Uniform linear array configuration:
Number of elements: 12
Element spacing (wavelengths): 0.25
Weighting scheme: hann
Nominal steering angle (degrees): -60
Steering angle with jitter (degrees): -59.536
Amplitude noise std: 0.05
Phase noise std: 0.05

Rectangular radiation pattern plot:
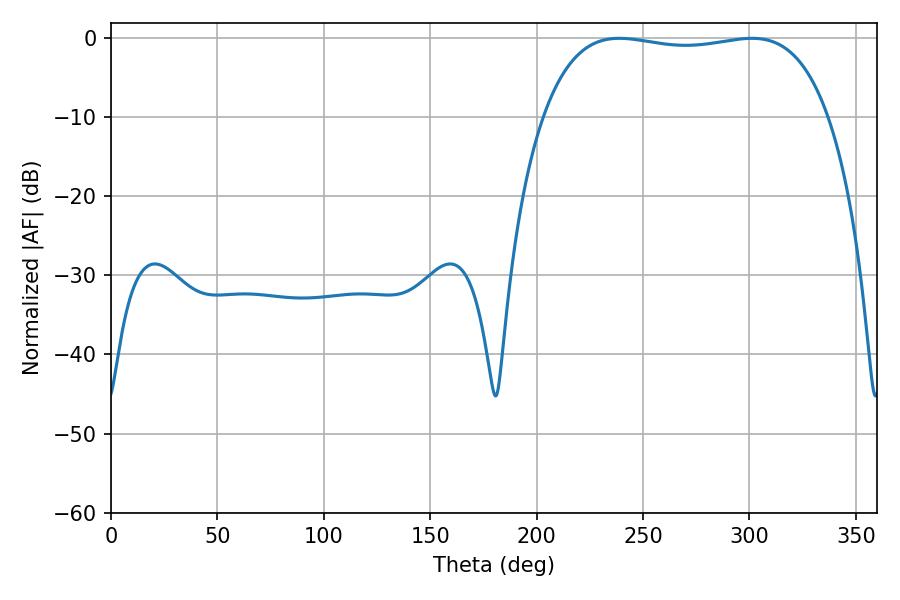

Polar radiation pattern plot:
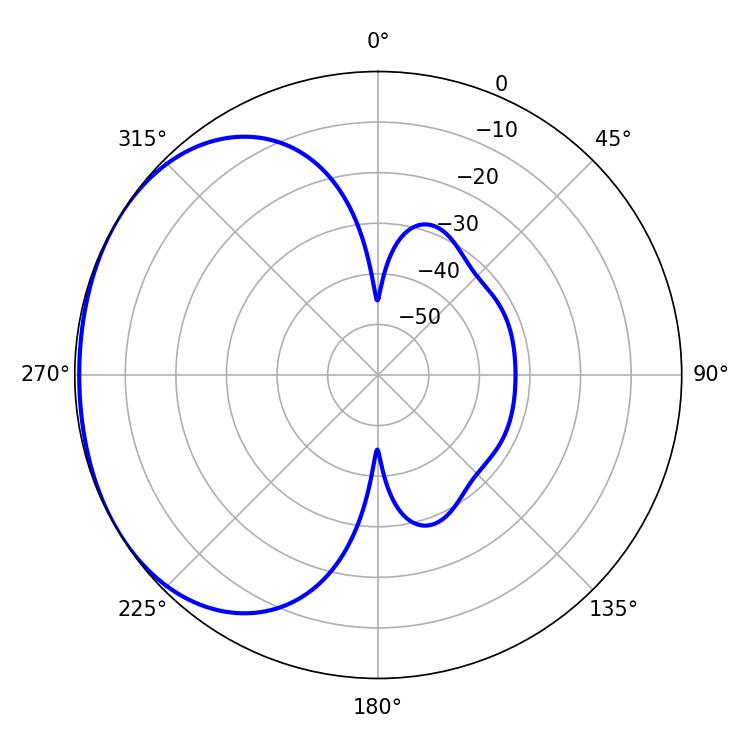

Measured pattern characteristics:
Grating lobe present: FALSE
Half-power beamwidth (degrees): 107.28
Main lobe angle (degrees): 238.86